Civil Veterinary Department Bihar reports 1936-40 - 1936-1940
Year: 1936
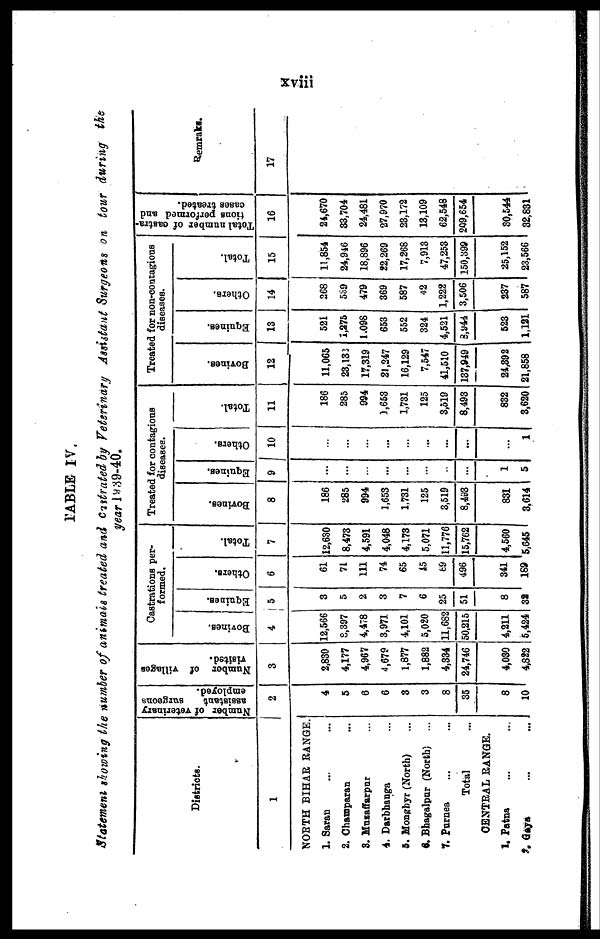
xviii
TABLE IV.
Statement showing the number of animals treated and Castrated by Veterinary Assistant Surgeons on tour during the
year 1939-40.
Districts.
1
NORTH BIHAR RANGE.
1. Saran ... ...
2. Champaran ... ...
3. Muzaffarpar ...
4. Darbhanga ...
5. Monghyr (North) ...
9. Bhagalpur (North) ...
7. Purnea ... ...
Total ...
CENTRAL RANGE.
1. Patna ... ...
2. Gaya ... ...
Number of veterinary
assistant
surgeons
employed.
2
4
5
6
6
3
3
8
35
8
10
Number of villages
visited.
3
2,830
4,177
4,967
4,679
1,877
1,882
4,334
24,746
4,030
4,832
Castrations per-
formed.
Bovines.
4
12,566
8,397
4,478
3,971
4,101
5,020
11,682
50,215
4,211
5,424
Equines.
5
3
5
2
3
7
6
25
51
8
32
Others.
6
61
71
111
74
65
15
69
496
341
189
Total.
7
12,630
8,473
4,591
4,048
4,173
5,071
11,776
15,762
4,560
5,645
Treated for contagions
diseases.
Bovines.
8
186
285
994
1,653
1,731
125
3,519
8,493
831
3.614
Equines.
9
...
...
...
...
...
...
...
...
1
5
Others.
10
...
...
...
...
...
...
...
...
...
1
Total.
11
186
285
994
1,653
1,731
125
3,519
8,493
832
3,620
Treated for non-contagions
diseases.
Bovines.
12
11,065
23,132
17,319
21,247
16,129
7,547
41,510
137,949
24,392
21,858
Equines.
13
521
1,275
1,098
653
552
324
4,521
8,944
523
1,121
Others.
14
268
539
479
369
587
42
1,222
3,506
| 237
587
Total.
15
11,854
24,946
18,896
22,269
17,268
7,913
47,253
150,399
25,152
23,566
Total number of castra-
tions performed and
cases treated.
16
24,670
33,704
24,481
27,970
23,172
13,109
62,548
209,654
30,544
32,831
Remarks.
17